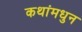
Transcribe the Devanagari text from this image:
कथांमधुन